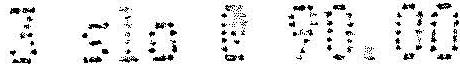
3 SIO @ 90.00